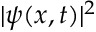
| \boldsymbol { \psi } ( x , t ) | ^ { 2 }